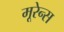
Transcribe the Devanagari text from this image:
मूरेन्स